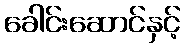
ခေါင်းဆောင်နှင့်